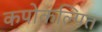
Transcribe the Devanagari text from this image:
कपोकल्पित